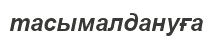
тасымалдануға